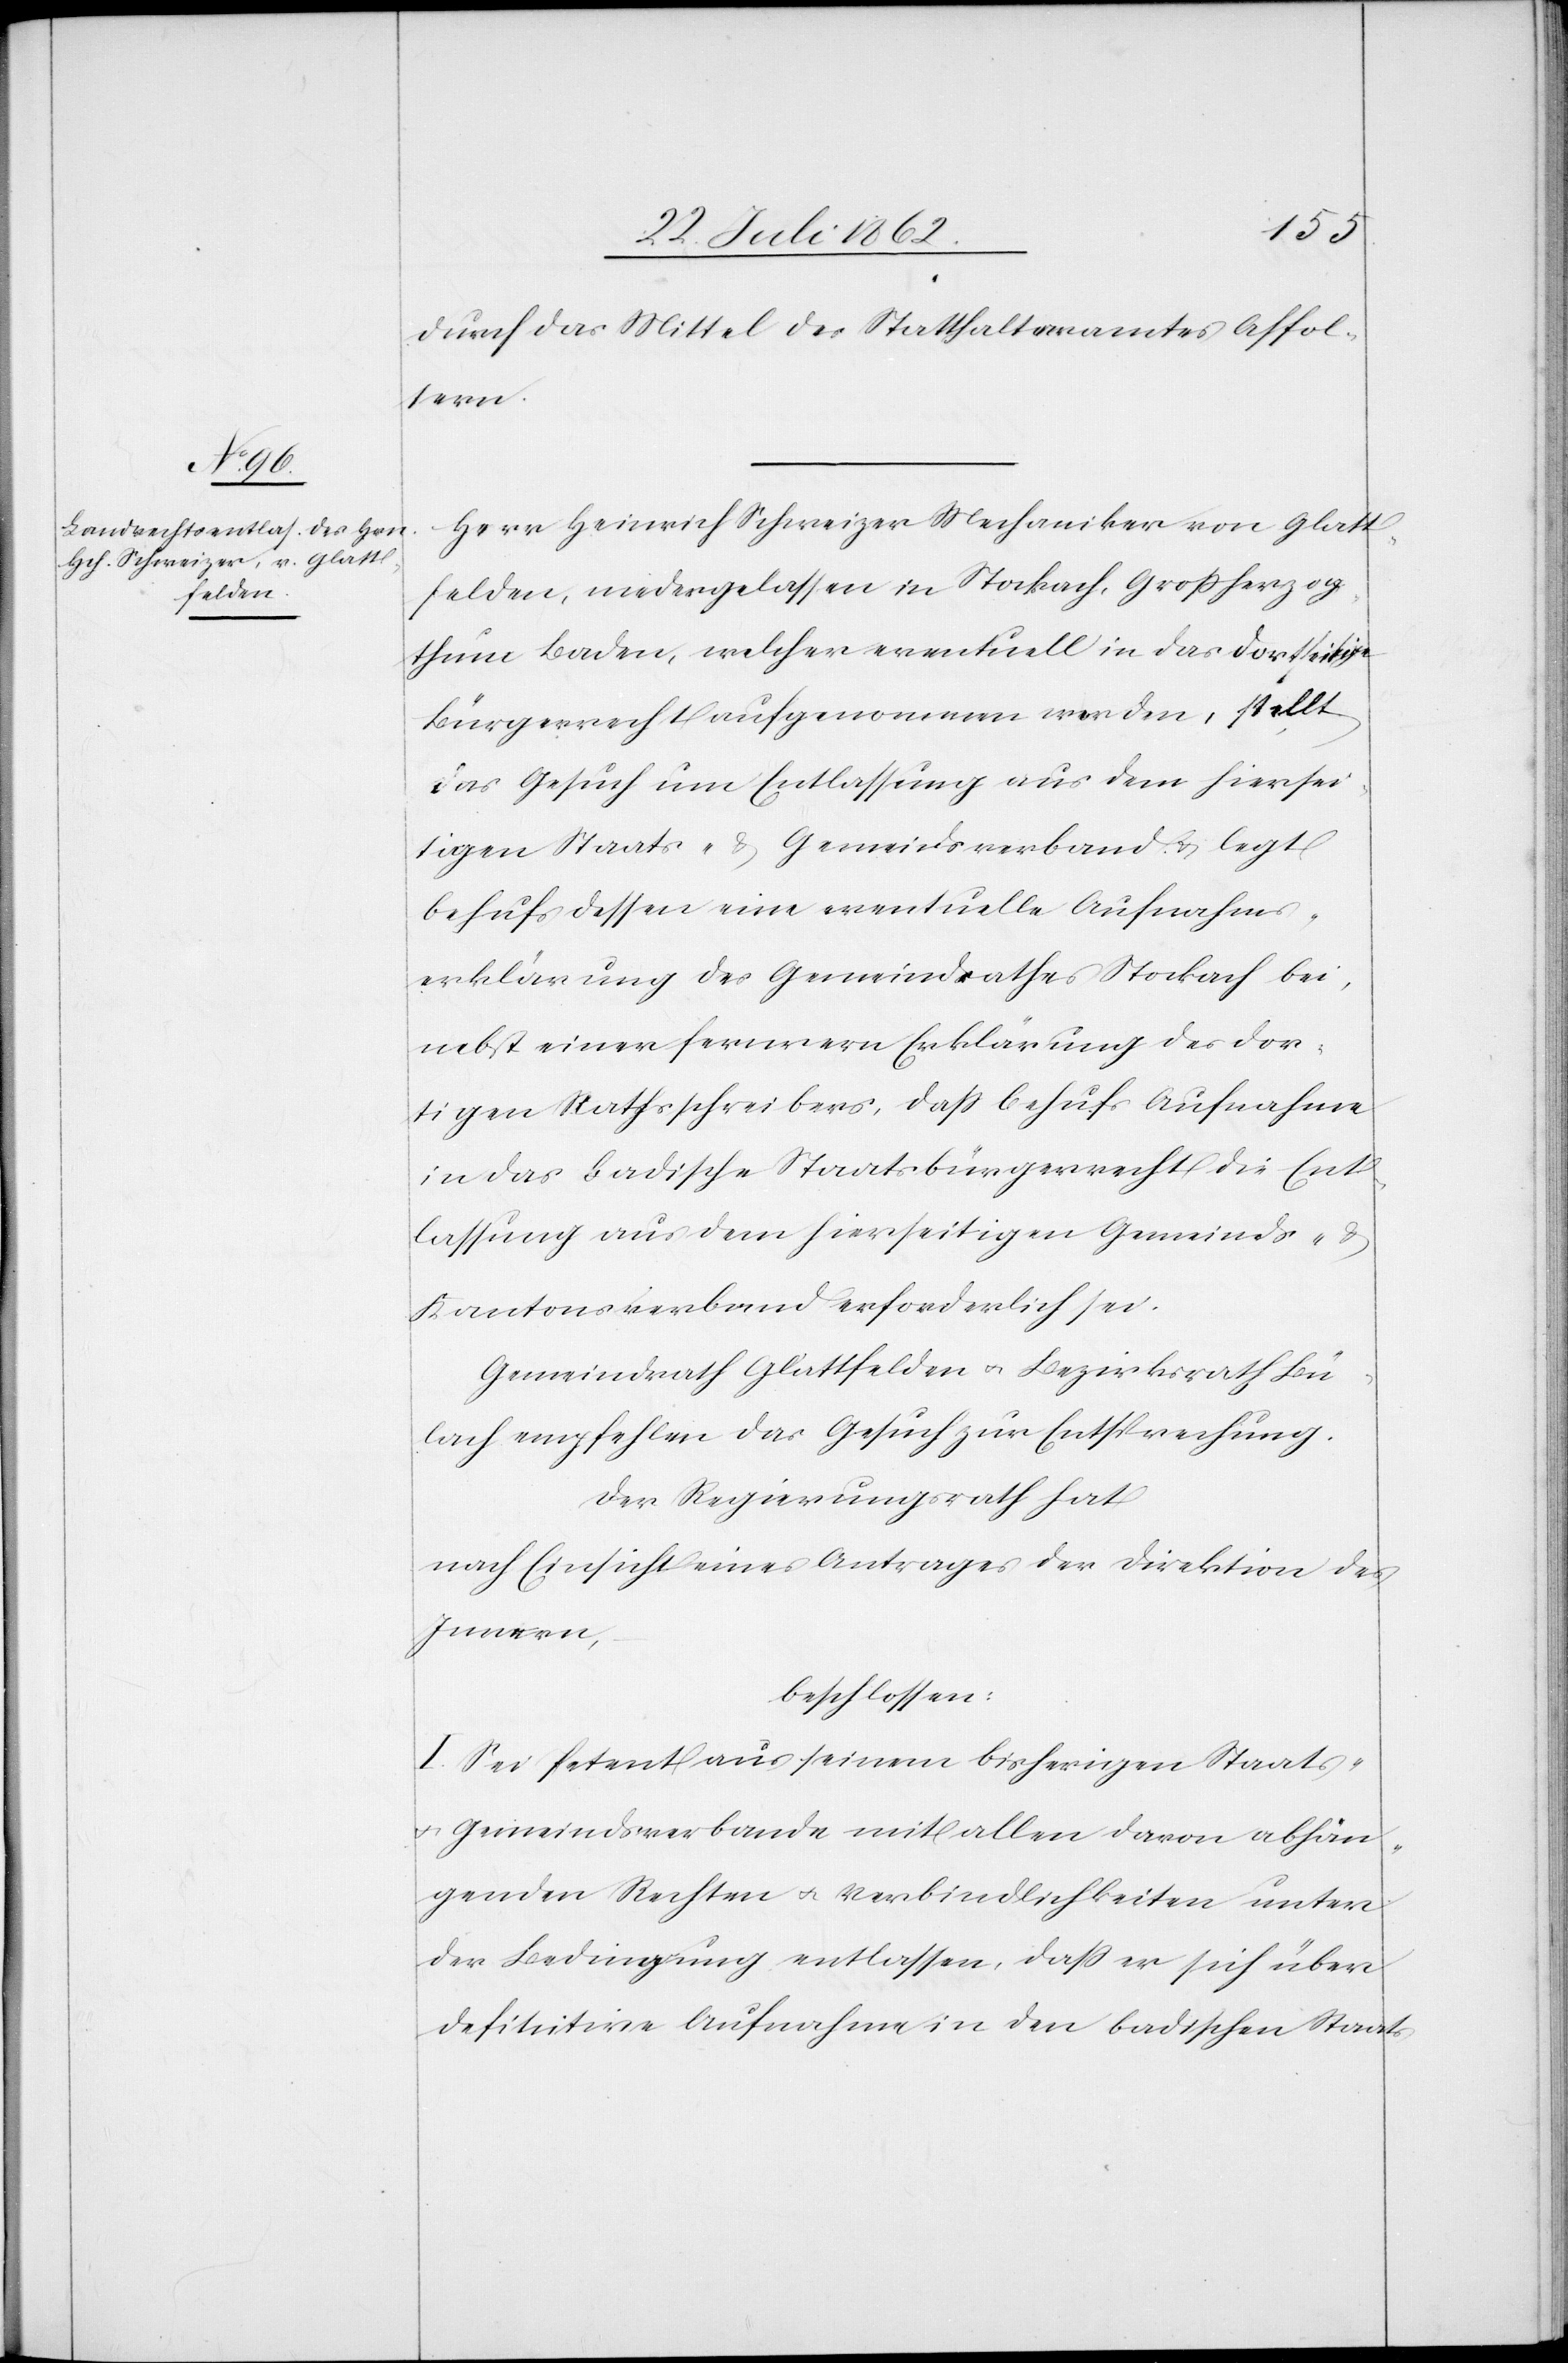
durch das Mittel des Statthalteramtes Affol¬
tern.
Herr Heinrich Schweizer Mechaniker von Glatt¬
felden, niedergelassen in Stockach, Großherzog¬
thum Baden, welcher eventuell in das dortseitige
Bürgerrecht aufgenommen worden, stellt
das Gesuch um Entlassung aus dem hiersei¬
tigen Staats- u. Gemeindsverband u. legt
behufs dessen eine eventuelle Aufnahms¬
erklärung des Gemeindrathes Stockach bei,
nebst einer fernern Erklärung des dor¬
tigen Rathsschreibers, daß behufs Aufnahme
in das badische Staatsbürgerrecht die Ent¬
lassung aus dem hierseitigen Gemeinds- u.
Kantonsverband erforderlich sei.
Gemeindrath Glattfelden u. Bezirksrath Bü¬
lach empfehlen das Gesuch zur Entsprechung.
Der Regierungsrath hat
nach Einsicht eines Antrages der Direktion des
Innern,
beschlossen:
I. Sei Petent aus seinem bisherigen Staats-
u. Gemeindsverbande mit allen davon abhän¬
genden Rechten u. Verbindlichkeiten unter
der Bedingung entlassen, daß er sich über
definitive Aufnahme in den badischen Staats[-]